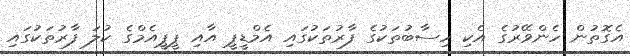
އެގޮތުން ހެންވޭރުގެ އެކި ހިސާބުތަކުގެ ފާރުތަކުގައި އެމްޑީޕީ އާއި ޕީޕީއެމްގެ ކުލަ ފާރުތަކުގައި